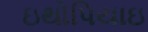
ઇથોપિયાઇ